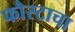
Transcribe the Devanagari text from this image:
फौस्टाचा